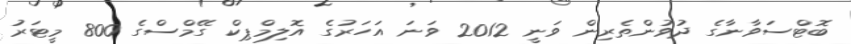
ބޮޓްސަވާނާގެ ދުވުންތެރިން ވަނީ 2012 ވަނަ އަހަރުގެ އޮލިމްޕިކް ގޭމްސްގެ 800 މީޓަރު